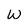
Character: w